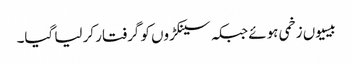
بیسیوں زخمی ہوئے جبکہ سینکڑوں کو گرفتار کر لیا گیا۔